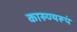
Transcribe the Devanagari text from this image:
कारुण्यरूपं